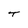
Character: T